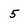
Character: 5